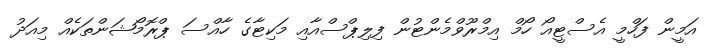
އަމީން ފަހްމީ އެސްޓީއޯ ހޯމް އިމްރޫވްމެންޓުން ފިލިޕްސްއާއި މަކިޓާގެ ހާއްސަ ޕްރޮމޯޝަންތަކެއް މިއަދު